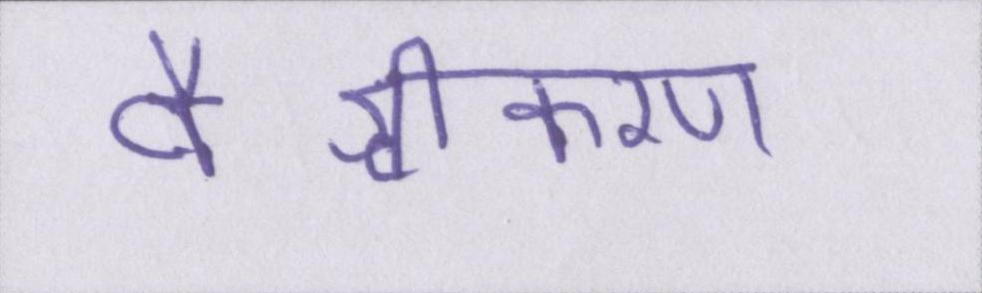
वैश्वीकरण